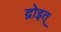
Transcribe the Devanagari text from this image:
द्रोइत्